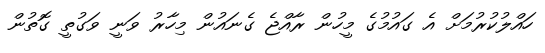
ހައްލުކުރުމަށް އެ ގައުމުގެ މީހުން ރާއްޖެ ގެނައުން މިހާރު ވަނީ ވަގުތީ ގޮތުން